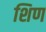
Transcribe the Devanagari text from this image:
शिण